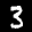
Label: 3